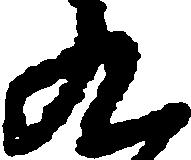
九